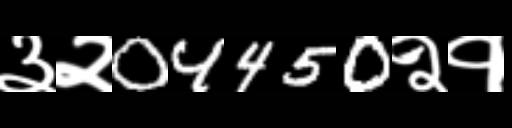
Text: ३२04450२१